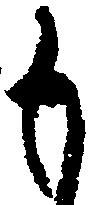
も